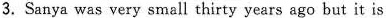
3.Sanya was very small thirty years ago but it is